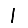
Digit: 1